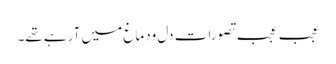
عجب عجب تصورات دل ودماغ میں آرہے تھے۔